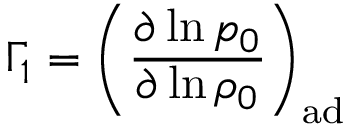
\Gamma _ { 1 } = \left( \frac { \partial \ln p _ { 0 } } { \partial \ln \rho _ { 0 } } \right) _ { \mathrm { a d } }